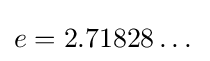
e=2.71828\dots